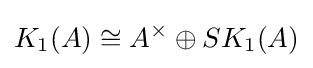
K_{1}(A)\cong A^{\times }\oplus SK_{1}(A)